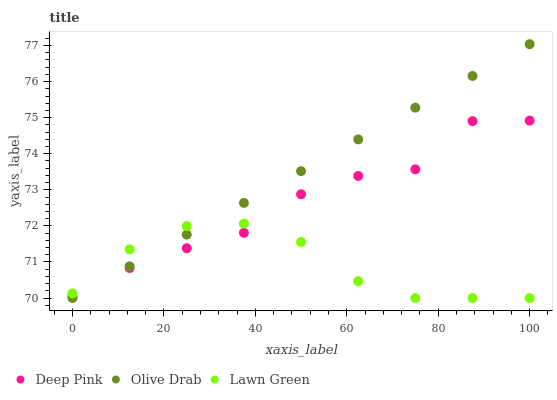
| xaxis_label | Deep Pink | Olive Drab | Lawn Green |
 | --- | --- | --- | --- |
 | 0 | 70.1 | 70 | 70.1 |
 | 12.5 | 70.8 | 70.9 | 71.4 |
 | 25 | 71.4 | 71.8 | 72 |
 | 37.5 | 71.8 | 72.6 | 72.1 |
 | 50 | 72.9 | 73.5 | 71.6 |
 | 62.5 | 73.4 | 74.4 | 70.5 |
 | 75 | 73.6 | 75.3 | 70 |
 | 87.5 | 74.9 | 76.2 | 70 |
 | 100 | 74.9 | 77 | 70 |